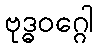
ဗုဒ္ဓဝဂ္ဂေါ